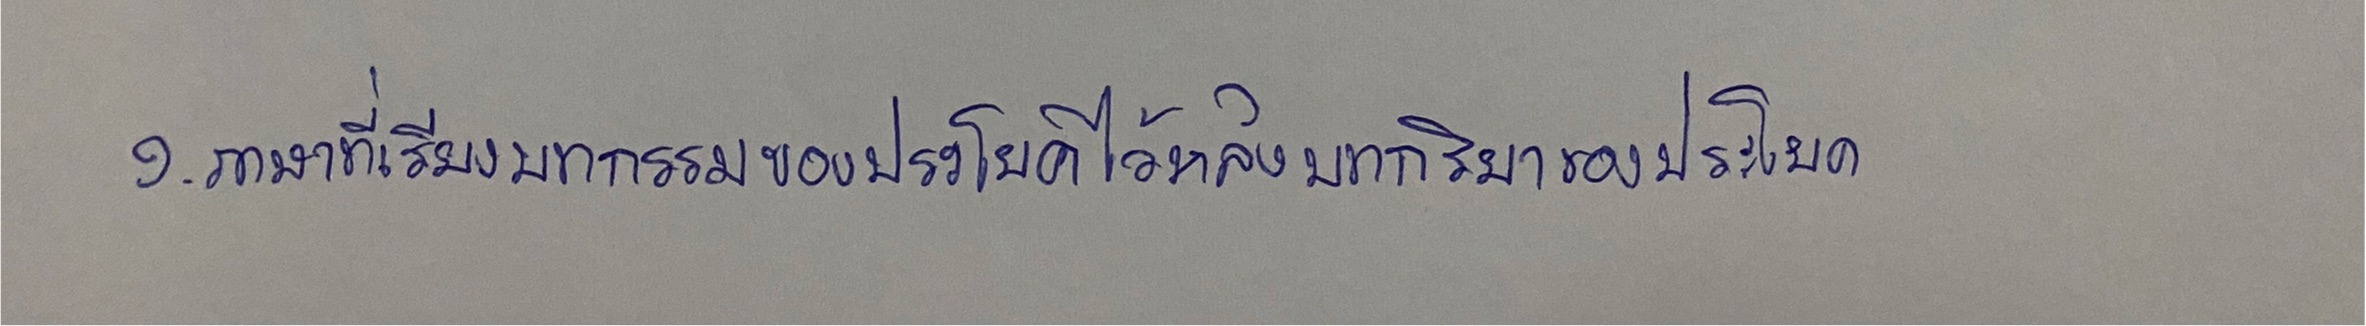
๑.ภาษาที่เรียงบทกรรมของประโยคไว้หลังบทกริยาของประโยค